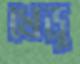
খেড়ু